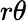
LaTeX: r\theta